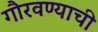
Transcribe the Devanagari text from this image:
गौरवण्याची